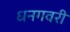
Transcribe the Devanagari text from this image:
धनगवरी